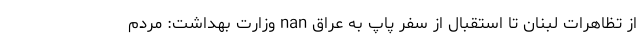
از تظاهرات لبنان تا استقبال از سفر پاپ به عراق nan وزارت بهداشت: مردم